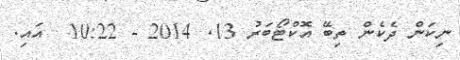
ނިކަން ދެކެން ތިބޭ އޮކްޓޯބަރު 13